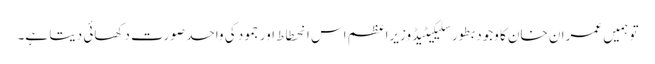
تو ہمیں عمران خان کا وجود بطور سلیکیٹیڈ وزیراعظم اس انحطاط اور جمود کی واحد صورت دکھائی دیتا ہے۔